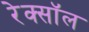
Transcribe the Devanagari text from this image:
रेक्सॉल